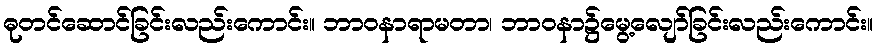
ဓုတင်ဆောင်ခြင်းလည်းကောင်း။ ဘာဝနာရာမတာ၊ ဘာဝနာ၌မွေ့လျော်ခြင်းလည်းကောင်း။